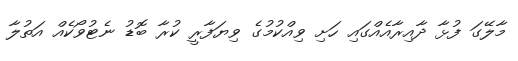
މާލޭގަ ފުޅާ ދާއިރާއެއްގައި ހަށި ވިއްކުމުގެ ވިޔަފާރީ ކުރާ ބޮޑު ނެޓުވޯކެއް އަތުލާ